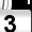
Digit: 3